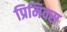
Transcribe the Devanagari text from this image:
प्रिमिक्स